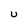
Character: U